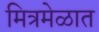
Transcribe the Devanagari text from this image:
मित्रमेळात